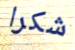
شكرا